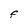
Character: F